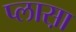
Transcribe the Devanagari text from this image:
प्लास़ा